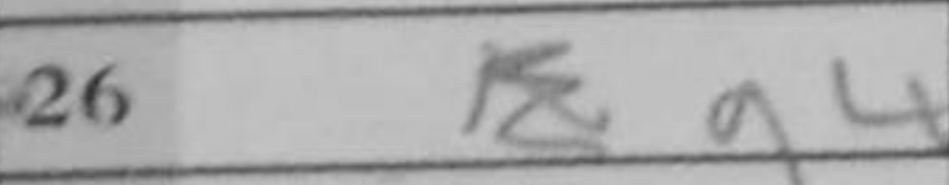
Transcription: g4